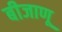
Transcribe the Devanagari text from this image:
बीजाणू